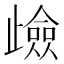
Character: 𭭶